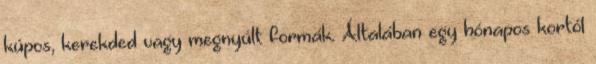
kúpos, kerekded vagy megnyúlt formák. Általában egy hónapos kortól